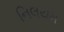
નિલયમ